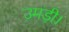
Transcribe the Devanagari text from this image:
उमड़ी।